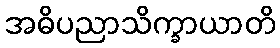
အဓိပညာသိက္ခာယာတိ